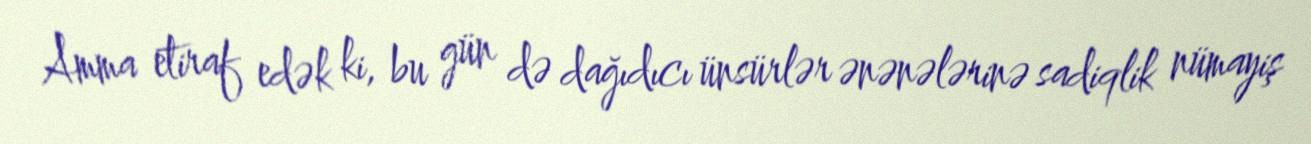
Amma etiraf edək ki, bu gün də dağıdıcı ünsürlər ənənələrinə sadiqlik nümayiş